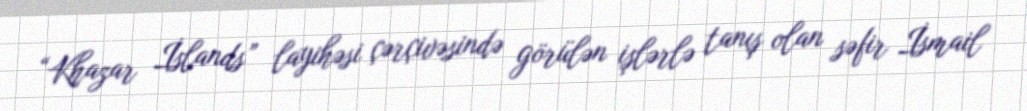
“Khazar İslands” layihəsi çərçivəsində görülən işlərlə tanış olan səfir İsmail